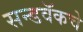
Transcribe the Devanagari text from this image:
सन्डवॅकचे